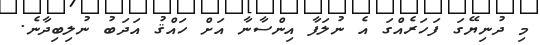
މި ދުނިޔޭގަ ފަަހަރެއްގަ އެ ނުލަފާ އިންސާނާ އަށް ހައްޤު އަދަބު ނުލިބިދާނެ.